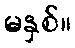
မနှစ်။